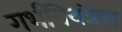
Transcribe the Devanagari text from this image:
गर्भनियंत्रण